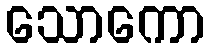
သောကော